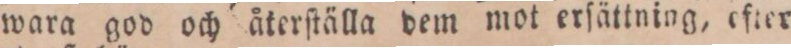
wara god och återſtälla dem mot erſättning, ofter